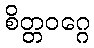
စိတ္တဝဂ္ဂေ